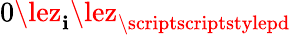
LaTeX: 0\lez_{\mathbf{i}}\lez_{{\scriptscriptstylepd}}